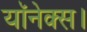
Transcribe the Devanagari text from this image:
यॉनेक्स।